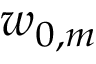
w _ { 0 , m }